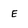
Character: E